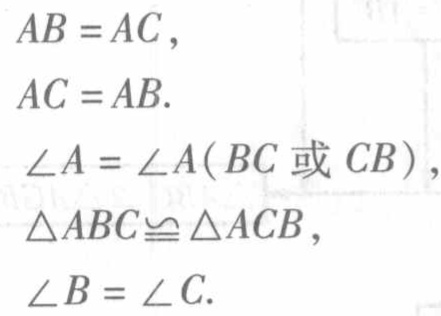
\begin{align*}
AB&=AC,\\
AC&=AB.\\
\angle A&=\angle A(BC\text{ 或 }CB),\\
\triangle ABC&\cong \triangle ACB,\\
\angle B&=\angle C.
\end{align*}